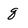
Character: q